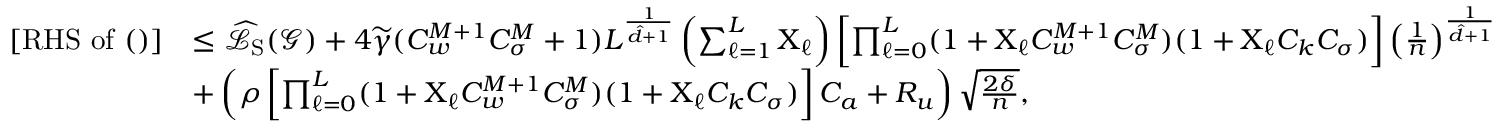
\begin{array} { r l } { [ \mathrm { R H S ~ o f ~ ( ) } ] } & { \leq \widehat { \mathcal { L } } _ { \mathrm { S } } ( \boldsymbol { \mathcal { G } } ) + 4 \widetilde { \gamma } ( C _ { w } ^ { M + 1 } C _ { \sigma } ^ { M } + 1 ) L ^ { \frac { 1 } { \hat { d } + 1 } } \left( \sum _ { \ell = 1 } ^ { L } \boldsymbol { \mathrm { X } } _ { \ell } \right) \left[ \prod _ { \ell = 0 } ^ { L } ( 1 + \boldsymbol { \mathrm { X } } _ { \ell } C _ { w } ^ { M + 1 } C _ { \sigma } ^ { M } ) ( 1 + \boldsymbol { \mathrm { X } } _ { \ell } C _ { k } C _ { \sigma } ) \right] \left( \frac { 1 } { n } \right) ^ { \frac { 1 } { \hat { d } + 1 } } } \\ & { + \left( \rho \left[ \prod _ { \ell = 0 } ^ { L } ( 1 + \boldsymbol { \mathrm { X } } _ { \ell } C _ { w } ^ { M + 1 } C _ { \sigma } ^ { M } ) ( 1 + \boldsymbol { \mathrm { X } } _ { \ell } C _ { k } C _ { \sigma } ) \right] C _ { a } + R _ { u } \right) \sqrt { \frac { 2 \delta } { n } } , } \end{array}